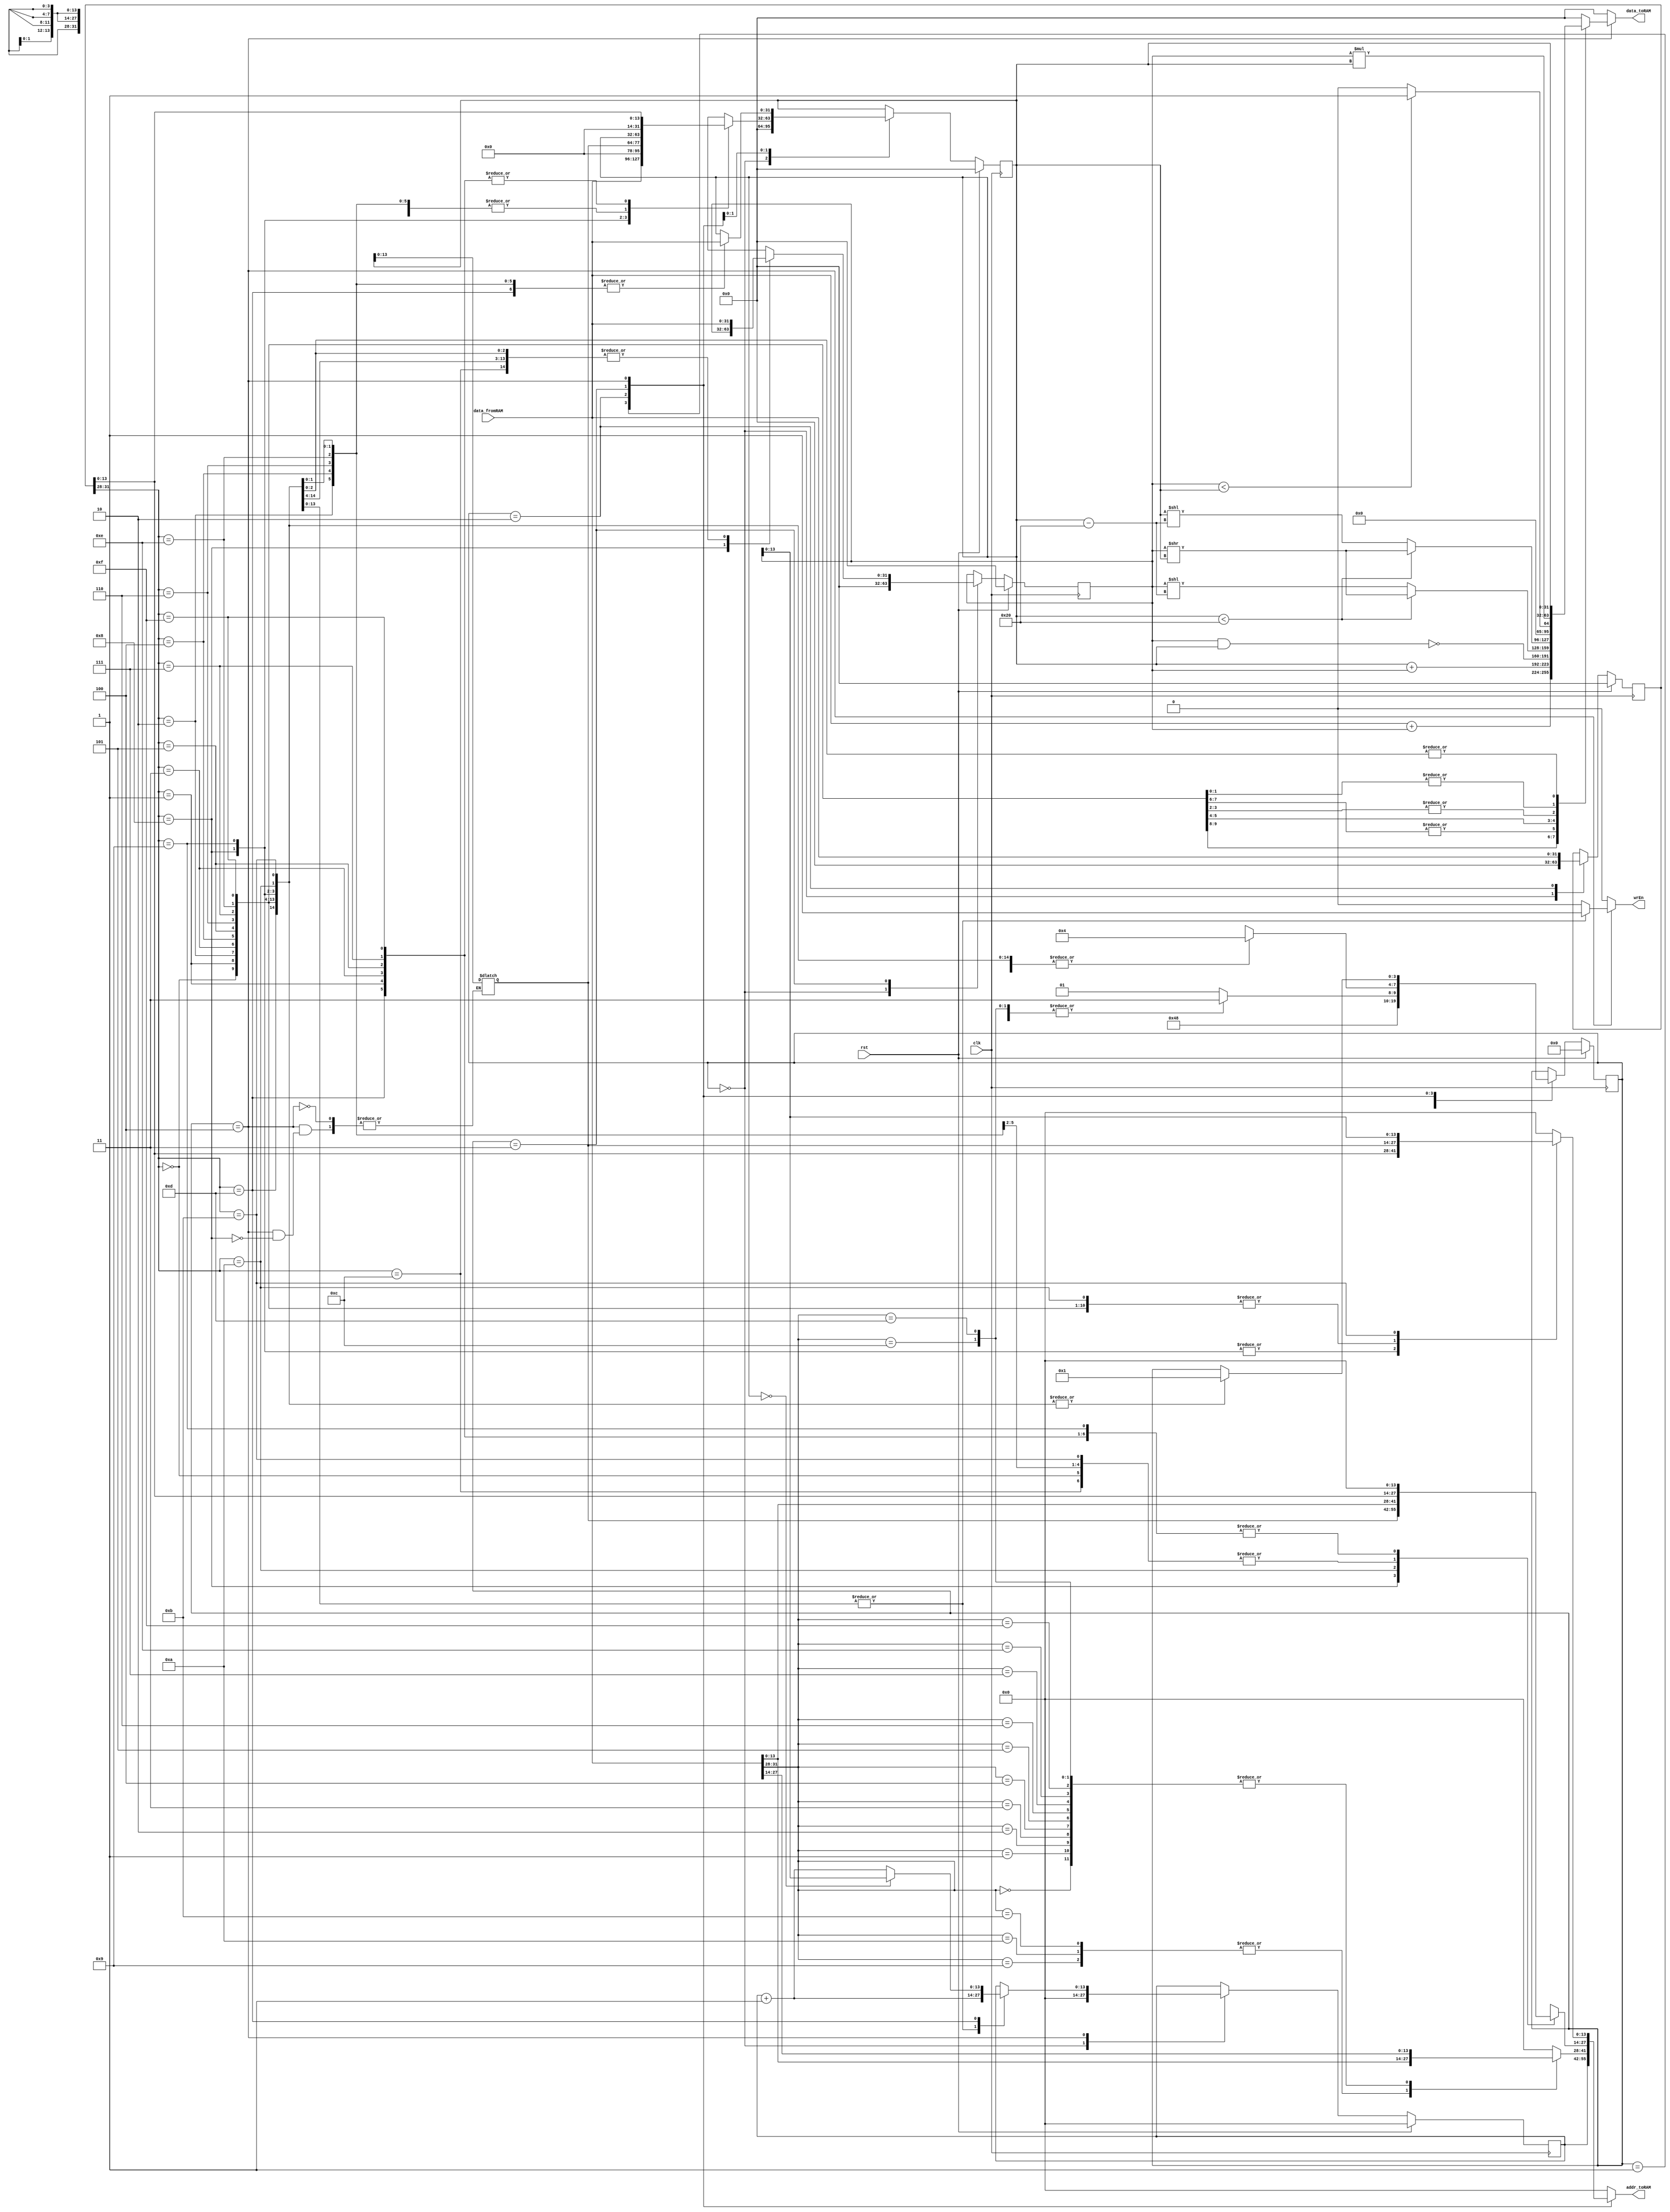
`timescale 1ns / 1ps
//////////////////////////////////////////////////////////////////////////////////
// Company: 
// Engineer: 
// 
// Design Name: 
// Module Name:    VerySimpleCPU 
// Project Name: 
// Target Devices: 
// Tool versions: 
// Description: 
//
// Dependencies: 
//
// Revision: 
// Revision 0.01 - File Created
// Additional Comments: 
//
//////////////////////////////////////////////////////////////////////////////////

module VerySimpleCPU(clk, rst, data_fromRAM, wrEn, addr_toRAM, data_toRAM);

parameter SIZE = 14;

input clk, rst;
input wire [31:0] data_fromRAM;
output reg wrEn;
output reg [SIZE-1:0] addr_toRAM;
output reg [31:0] data_toRAM;

//////////////////////////
reg [3:0] state_current , state_next ;
reg [SIZE-1:0] pc_current , pc_next ; // pc: program counter
reg [31:0] iw_current , iw_next ; // iw: instruction word
reg [31:0] r1_current , r1_next ;
reg [31:0] r2_current , r2_next ;
always@ ( posedge clk ) begin
	if( rst ) begin
		state_current <= 0;
		pc_current <= 14'b0 ;
		iw_current <= 32'b0 ;
		r1_current <= 32'b0 ;
		r2_current <= 32'b0 ;
	end
	else begin
		state_current <= state_next ;
		pc_current <= pc_next ;
		iw_current <= iw_next ;
		r1_current <= r1_next ;
		r2_current <= r2_next ;
	end
end

always@ (*) begin 
	state_next = state_current ;
	pc_next = pc_current ;
	iw_next = iw_current ;
	r1_next = r1_current ;
	r2_next = r2_current ;
	wrEn = 0;
	addr_toRAM = 0;
	data_toRAM = 0;
	case ( state_current )
	0: begin
		pc_next = 0;
		iw_next = 0;
		r1_next = 0;
		r2_next = 0;
		state_next = 1;
	end
	1: begin
		addr_toRAM = pc_current ;
		state_next = 2;
	end
	2: begin
		iw_next = data_fromRAM ;
		case ( data_fromRAM [31:28])
			{3'b000 ,1'b0 }: begin //ADD
			addr_toRAM = data_fromRAM [27:14];
			state_next = 3;
			end
			{3'b000,1'b1}: begin //ADDi
			addr_toRAM = data_fromRAM[27:14];
			state_next = 3;
			end
			{3'b001,1'b0}: begin //NAND
			addr_toRAM = data_fromRAM[27:14];
			state_next = 3;
			end
			{3'b001,1'b1}: begin //NANDi
			addr_toRAM = data_fromRAM[27:14];
			state_next = 3;
			end
			{3'b010,1'b0}: begin //SRL
			addr_toRAM = data_fromRAM[27:14];
			state_next = 3;
			end
			{3'b010,1'b1}: begin //SRLi
			addr_toRAM = data_fromRAM[27:14];
			state_next = 3;
			end
			{3'b011,1'b0}: begin //LT
			addr_toRAM = data_fromRAM[27:14];
			state_next = 3;
			end
			{3'b011,1'b1}: begin //LTi
			addr_toRAM = data_fromRAM[27:14];
			state_next = 3;
			end
			{3'b111,1'b0}: begin //MUL
			addr_toRAM = data_fromRAM[27:14];
			state_next = 3;
			end
			{3'b111,1'b1}: begin //MULi
			addr_toRAM = data_fromRAM[27:14];
			state_next = 3;
			end
			{3'b100,1'b1}: begin //CP
			addr_toRAM = data_fromRAM[13:0];
			state_next = 3;
			end
			{3'b100,1'b1}: begin //CPi
			addr_toRAM = data_fromRAM[13:0];
			state_next = 3;
			end
			{3'b101,1'b0}: begin //CPI
			addr_toRAM = data_fromRAM[13:0];
			state_next = 3;
			end
			{3'b101,1'b1}: begin //CPIi
			addr_toRAM = data_fromRAM[13:0];
			state_next = 3;
			end
			{3'b110,1'b0}: begin //BJZ
			addr_toRAM = data_fromRAM[27:14];
			state_next = 3;
			end
			{3'b110,1'b1}: begin //BJZi
			addr_toRAM = data_fromRAM[27:14];
			state_next = 3;
			end
	default : begin
		pc_next = pc_current ;
		state_next = 1;
		end
	endcase
	end
	
	3: begin
		case(iw_current[31:28])
			{3'b000,1'b0}: begin //ADD
			r1_next = data_fromRAM;
			addr_toRAM = iw_current[13:0];
			state_next = 4;
			end
			{3'b000,1'b1}: begin //ADDi
			r1_next = data_fromRAM;
			r2_next = iw_current[13:0];
			state_next = 4;
			end
			{3'b001,1'b0}: begin //NAND
			r1_next = data_fromRAM;
			addr_toRAM = iw_current[13:0];
			state_next = 4;
			end
			{3'b001,1'b1}: begin //NANDi
			r1_next = data_fromRAM;
			r2_next = iw_current[13:0];
			state_next = 4;
			end
			{3'b010,1'b0}: begin //SRL
			r1_next = data_fromRAM;
			addr_toRAM = iw_current[13:0];
			state_next = 4;
			end
			{3'b010,1'b1}: begin //SRLi
			r1_next = data_fromRAM;
			r2_next = iw_current[13:0];
			state_next = 4;
			end
			{3'b011,1'b0}: begin //LT
			r1_next = data_fromRAM;
			addr_toRAM = iw_current[13:0];
			state_next = 4;
			end
			{3'b011,1'b1}: begin //LTi
			r1_next = data_fromRAM;
			r2_next = iw_current[13:0];
			state_next = 4;
			end
			{3'b111,1'b0}: begin //MUL
			r1_next = data_fromRAM;
			addr_toRAM = iw_current[13:0];
			state_next = 4;
			end
			{3'b111,1'b1}: begin //MULi
			r1_next = data_fromRAM;
			r2_next = iw_current[13:0];
			state_next = 4;
			end
			{3'b100,1'b0}: begin //CP *
			r2_next = data_fromRAM;
			addr_toRAM = iw_current[27:14]; 
			state_next = 4;
			end
			{3'b100,1'b1}: begin //CPi *
			r1_next = data_fromRAM;
			r2_next = iw_current[27:14];
			state_next = 4;
			end
			{3'b101,1'b0}: begin //CPI
			r1_next = data_fromRAM;
			addr_toRAM = data_fromRAM;
			state_next = 4;
			end
			{3'b101,1'b1}: begin //CPIi
			r1_next = data_fromRAM;
			addr_toRAM = iw_current[13:0];
			state_next = 4;
			end
			{3'b110,1'b0}: begin //BJZ
			r1_next = data_fromRAM;
			addr_toRAM = iw_current[13:0];
			state_next = 4;
			end
			{3'b110,1'b1}: begin //BJZi
			r1_next = data_fromRAM;
			r2_next = iw_current[13:0];
			state_next = 4;
			end
		endcase
	end
	4: begin
		case (iw_current [31:28])
			{3'b000 ,1'b0 }: begin //ADD
				wrEn = 1;
				addr_toRAM = iw_current [27:14];
				data_toRAM = data_fromRAM + r1_current ;
				pc_next = pc_current + 1'b1 ;
				state_next = 1;
			end
			{3'b00,1'b1}: begin //ADDi
				wrEn = 1;
				addr_toRAM = iw_current [27:14];
				data_toRAM = r2_current + r1_current;
				pc_next = pc_current + 1'b1;
				state_next = 1;
			end
			{3'b001,1'b0}: begin //NAND
				wrEn = 1;
				r2_next = data_fromRAM;
				addr_toRAM = iw_current [27:14];
				data_toRAM = ~(r1_current & r2_current);
				pc_next = pc_current + 1'b1;
				state_next = 1;
			end
			{3'b001,1'b1}: begin //NANDi
				wrEn = 1;
				addr_toRAM = iw_current [27:14];
				data_toRAM = ~(r2_current & r1_current);
				pc_next = pc_current + 1'b1;
				state_next = 1;
			end
			{3'b010,1'b0}: begin //SRL
				wrEn = 1;
				r2_next = data_fromRAM;
				addr_toRAM = iw_current [27:14];
				data_toRAM = ((r2_current < 14'd32) ? (r1_current >> r2_current) : (r1_current << (r2_current - 14'd32)));
				pc_next = pc_current + 1'b1;
				state_next = 1;
			end
			{3'b010,1'b1}: begin //SRLi
				wrEn = 1;
				addr_toRAM = iw_current [27:14];
				data_toRAM = ((r2_current < 14'd32) ? (r1_current >> r2_current) : (r2_current << (r2_current-14'd32)));
				pc_next = pc_current + 1'b1;
				state_next = 1;
			end
			{3'b011,1'b0}: begin //LT
				wrEn=1;
				r2_next = data_fromRAM;
				addr_toRAM = iw_current [27:14];
				data_toRAM = ((r1_current < r2_current) ? 1'b1 : 1'b0);
				pc_next = pc_current + 1'b1;
				state_next = 1;
			end
			{3'b011,1'b1}: begin //LTi
				wrEn=1;
				addr_toRAM = iw_current [27:14];
				data_toRAM = ((r1_current < r2_current) ? 1'b1 : 1'b0);
				pc_next = pc_current + 1'b1;
				state_next = 1;
			end
			{3'b111,1'b0}: begin //MUL
				wrEn=1;
				r2_next = data_fromRAM;
				addr_toRAM = iw_current [27:14];
				data_toRAM = (r1_current * r2_current);
				pc_next = pc_current + 1'b1;
				state_next = 1;
			end
			{3'b111,1'b1}: begin //MULi
				wrEn=1;
				addr_toRAM = iw_current [27:14];
				data_toRAM = (r1_current * r2_current);
				pc_next = pc_current + 1'b1;
				state_next = 1'b1;
			end
			{3'b100,1'b0}: begin //CP
				wrEn=1;
				addr_toRAM = iw_current [13:0];
				iw_current[27:14] = r2_current;
				pc_next = pc_next + 1'b1;
				state_next = 1;
			end
			{3'b100,1'b1}: begin //CPi
				wrEn = 1;
				addr_toRAM = iw_current[13:0];
				data_toRAM = r2_current;
				pc_next = pc_next + 1'b1;
				state_next = 1;
			end
			{3'b101,1'b0}: begin //CPI
				wrEn = 1;
				r2_next = data_fromRAM;
				addr_toRAM = iw_current[27:14];
				data_toRAM = r2_current;
				pc_next = pc_next + 1'b1;
				state_next = 1;
			end
			{3'b101,1'b1}: begin //CPIi
				wrEn = 1;
				r2_next = data_fromRAM;
				addr_toRAM = r1_current;
				data_toRAM = r2_current;
				pc_next = pc_next + 1'b1;
				state_next = 1;
			end
			{3'b110,1'b1}: begin //BJZ
				r2_next = data_fromRAM;
				pc_next = ((r2_current == 0) ? r1_current : (pc_current + 1'b1));
				state_next = 1;
			end
			{3'b110,1'b1}: begin //BJZi
				pc_next = r1_current + r2_current;
				state_next = 1;
			end
		endcase
	end
endcase
end
//////////////////////////

endmodule